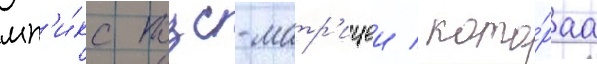
мп'и́кс пзс-матр'ицеи / кото́раа